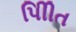
પીિીત